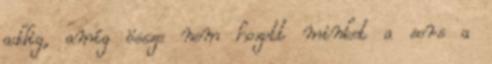
addig, amíg össze nem hozott minket a sors a